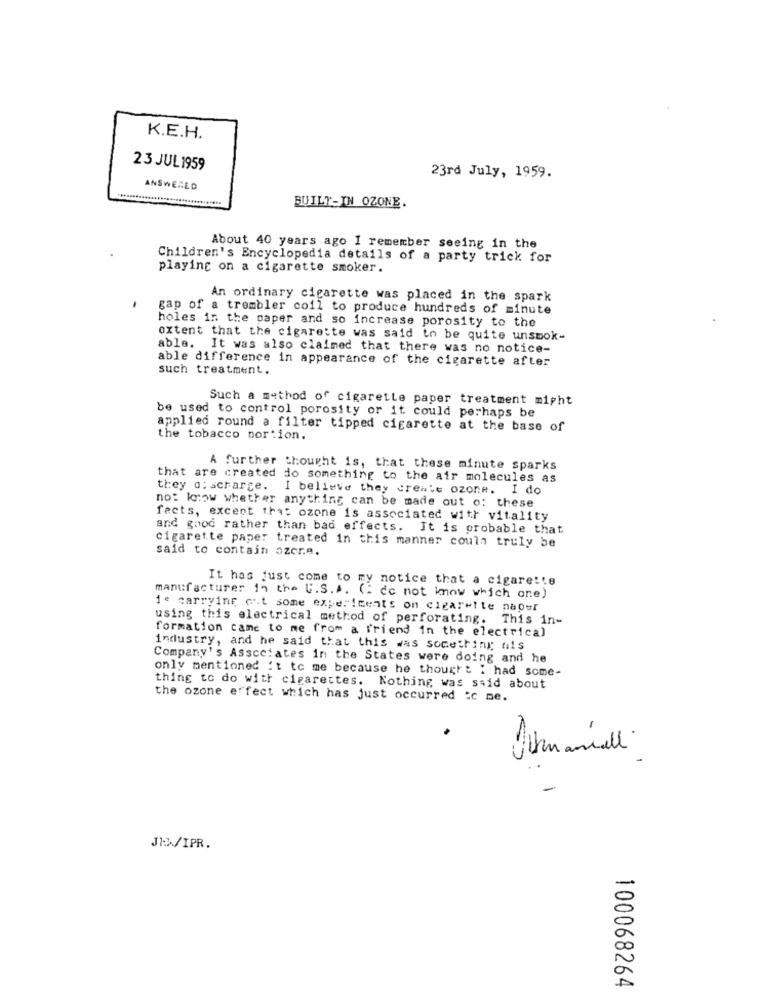
K.E.H.
23 JUL1959
23rd July, 1959.
ANSWERED
..... + **
BUILT-IN OZONE.
About 40 years ago I remember seeing in the
Children's Encyclopedia details of a party trick for
playing on a cigarette smoker.
An ordinary cigarette was placed in the spark
gap of a trembler coil to produce hundreds of minute
holes in the paper and so increase porosity to the
extent that the cigarette was said to be quite unswok-
able. It was also claimed that there was no notice-
able difference in appearance of the cigarette after
such treatment.
Such a method of cigarette paper treatment might
be used to control porosity or it could perhaps be
applied round a filter tipped cigarette at the base of
the tobacco portion.
A further thought is, that these minute sparks
that are created do something to the air molecules as
they a: scrarge. I believe they create ozone. I do
no: know whether anything can be made out o: these
fects, except that ozone is associated with vitality
and good rather than bad effects. It is probable that
cigarette paper treated in this manner couln truly be
said to contain ozcre.
It has just come to my notice that a cigarette
manufacturer in the U.S. A. (. do not know which one)
ie carrying out some experiments on cigarette paper
using this electrical method of perforating. This in-
formation came to me from a l'riend in the electrical
industry, and he said that this was something nils
Company's Associates in the States were doing and he
only mentioned it to me because he thought I had some-
thing to do with cigarettes. Nothing was said about
the ozone effect which has just occurred ic me.
-
JEA/IPR.
100068264